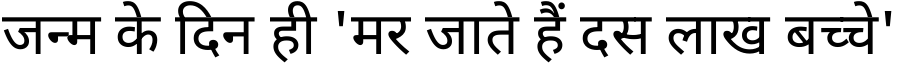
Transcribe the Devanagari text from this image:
जन्म के दिन ही 'मर जाते हैं दस लाख बच्चे'